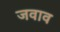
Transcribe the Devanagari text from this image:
जवाव